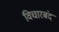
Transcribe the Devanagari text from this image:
विचारबंद